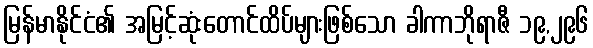
မြန်မာနိုင်ငံ၏ အမြင့်ဆုံးတောင်ထိပ်များဖြစ်သော ခါကာဘိုရာဇီ ၁၉,၂၉၆